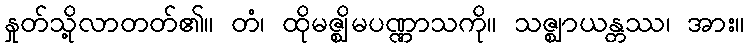
နှုတ်သို့လာတတ်၏။ တံ၊ ထိုမဇ္ဈိမပဏ္ဏာသကို။ သဇ္ဈာယန္တဿ၊ အား။